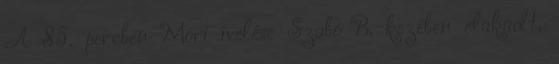
A 85. percben Móri ívelése Szabó B. kezében elakadt,